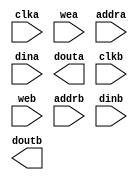
module gbe_arp_cache(
	clka,
	wea,
	addra,
	dina,
	douta,
	clkb,
	web,
	addrb,
	dinb,
	doutb);


input clka;
input [0 : 0] wea;
input [7 : 0] addra;
input [47 : 0] dina;
output [47 : 0] douta;
input clkb;
input [0 : 0] web;
input [7 : 0] addrb;
input [47 : 0] dinb;
output [47 : 0] doutb;

// synthesis translate_off

      BLK_MEM_GEN_V4_3 #(
		.C_ADDRA_WIDTH(8),
		.C_ADDRB_WIDTH(8),
		.C_ALGORITHM(1),
		.C_BYTE_SIZE(9),
		.C_COMMON_CLK(0),
		.C_DEFAULT_DATA("0"),
		.C_DISABLE_WARN_BHV_COLL(0),
		.C_DISABLE_WARN_BHV_RANGE(0),
		.C_FAMILY("virtex6"),
		.C_HAS_ENA(0),
		.C_HAS_ENB(0),
		.C_HAS_INJECTERR(0),
		.C_HAS_MEM_OUTPUT_REGS_A(0),
		.C_HAS_MEM_OUTPUT_REGS_B(0),
		.C_HAS_MUX_OUTPUT_REGS_A(0),
		.C_HAS_MUX_OUTPUT_REGS_B(0),
		.C_HAS_REGCEA(0),
		.C_HAS_REGCEB(0),
		.C_HAS_RSTA(0),
		.C_HAS_RSTB(0),
		.C_HAS_SOFTECC_INPUT_REGS_A(0),
		.C_HAS_SOFTECC_OUTPUT_REGS_B(0),
		.C_INITA_VAL("0"),
		.C_INITB_VAL("0"),
		.C_INIT_FILE_NAME("simhdl/gbe_arp_cache.mif"),
		.C_LOAD_INIT_FILE(1),
		.C_MEM_TYPE(2),
		.C_MUX_PIPELINE_STAGES(0),
		.C_PRIM_TYPE(1),
		.C_READ_DEPTH_A(256),
		.C_READ_DEPTH_B(256),
		.C_READ_WIDTH_A(48),
		.C_READ_WIDTH_B(48),
		.C_RSTRAM_A(0),
		.C_RSTRAM_B(0),
		.C_RST_PRIORITY_A("CE"),
		.C_RST_PRIORITY_B("CE"),
		.C_RST_TYPE("SYNC"),
		.C_SIM_COLLISION_CHECK("ALL"),
		.C_USE_BYTE_WEA(0),
		.C_USE_BYTE_WEB(0),
		.C_USE_DEFAULT_DATA(0),
		.C_USE_ECC(0),
		.C_USE_SOFTECC(0),
		.C_WEA_WIDTH(1),
		.C_WEB_WIDTH(1),
		.C_WRITE_DEPTH_A(256),
		.C_WRITE_DEPTH_B(256),
		.C_WRITE_MODE_A("WRITE_FIRST"),
		.C_WRITE_MODE_B("WRITE_FIRST"),
		.C_WRITE_WIDTH_A(48),
		.C_WRITE_WIDTH_B(48),
		.C_XDEVICEFAMILY("virtex6"))
	inst (
		.CLKA(clka),
		.WEA(wea),
		.ADDRA(addra),
		.DINA(dina),
		.DOUTA(douta),
		.CLKB(clkb),
		.WEB(web),
		.ADDRB(addrb),
		.DINB(dinb),
		.DOUTB(doutb),
		.RSTA(),
		.ENA(),
		.REGCEA(),
		.RSTB(),
		.ENB(),
		.REGCEB(),
		.INJECTSBITERR(),
		.INJECTDBITERR(),
		.SBITERR(),
		.DBITERR(),
		.RDADDRECC());


// synthesis translate_on

endmodule